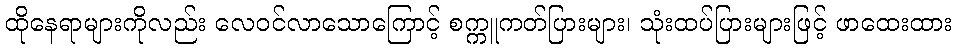
ထိုနေရာများကိုလည်း လေဝင်လာသောကြောင့် စက္ကူကတ်ပြားများ၊ သုံးထပ်ပြားများဖြင့် ဖာထေးထား